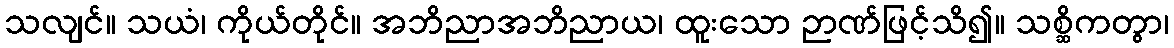
သလျင်။ သယံ၊ ကိုယ်တိုင်။ အဘိညာအဘိညာယ၊ ထူးသော ဉာဏ်ဖြင့်သိ၍။ သစ္ဆိကတွာ၊